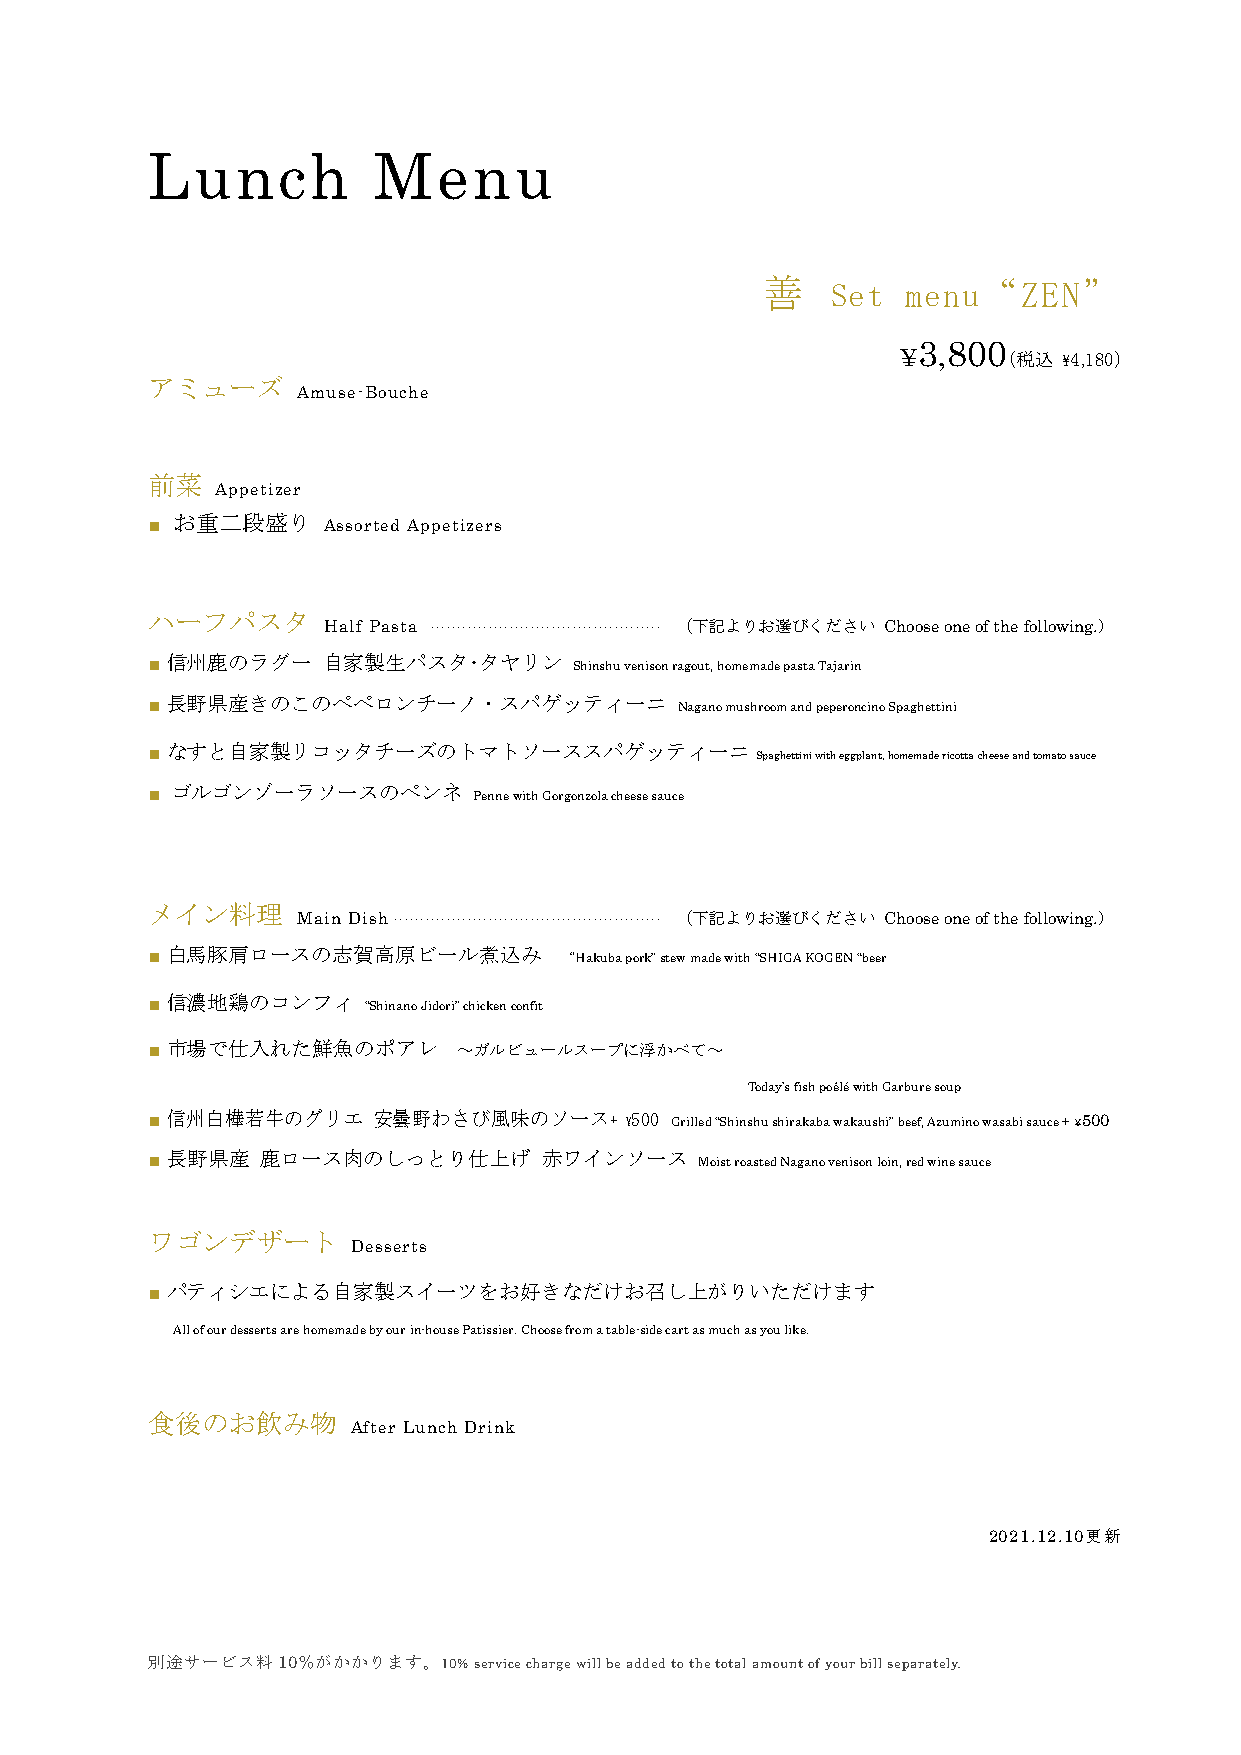
Lunch          Menu
 善    Set  menu“ZEN”
 3,800
 ¥      （税込 ¥4,180）
 アミューズ
 Amuse-Bouche
 前菜
 Appetizer
 お重二段盛り
 ■          Assorted Appetizers
 ハーフパスタ
 Half Pasta ............................................ （下記よりお選びください Choose one of the following.）
 信州鹿のラグー   自家製生パスタ･タヤリン
 ■                           Shinshu venison ragout, homemade pasta Tajarin
 長野県産きのこのペペロンチーノ・スパゲッティーニ
 ■                                  Nagano mushroom and peperoncino Spaghettini
 なすと自家製リコッタチーズのトマトソーススパゲッティーニ
 ■                                       Spaghettini with eggplant, homemade ricotta cheese and tomato sauce
 ■
 ゴルゴンゾーラソースのペンネ
 Penne with Gorgonzola cheese sauce
 メイン料理
 Main Dish ................................................... （下記よりお選びください Choose one of the following.）
 白馬豚肩ロースの志賀高原ビール煮込み
 ■                          “Hakuba pork” stew made with “SHIGA KOGEN “beer
 信濃地鶏のコンフィ
 ■             “Shinano Jidori” chicken confit
 ■ 市場で仕入れた鮮魚のポアレ     ～ガルビュールスープに浮かべて～
 Today’s fish poêlé with Garbure soup
 ■ 信州白樺若牛のグリエ   安曇野わさび風味のソース+   ¥500 Grilled “Shinshu shirakaba wakaushi” beef, Azumino wasabi sauce + ¥500
 長野県産  鹿ロース肉のしっとり仕上げ      赤ワインソース
 ■                                   Moist roasted Nagano venison loin, red wine sauce
 ワゴンデザート
 Desserts
 パティシエによる自家製スイーツをお好きなだけお召し上がりいただけます
 ■
 All of our desserts are homemade by our in-house Patissier. Choose from a table-side cart as much as you like.
 食後のお飲み物
 After Lunch Drink
 2021.12.10更新
 別途サービス料10％がかかります。10% service charge will be added to the total amount of your bill separately.